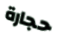
حجارة